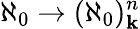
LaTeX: \aleph_{0}\rightarrow(\aleph_{0})_{\mathbf{k}}^{n}